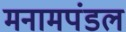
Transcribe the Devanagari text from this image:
मनामपंडल